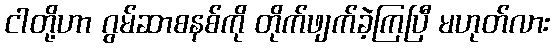
ငါတို့ဟာ ဂွမ်ဆာစနစ်ကို တိုက်ဖျက်ခဲ့ကြပြီ မဟုတ်လား